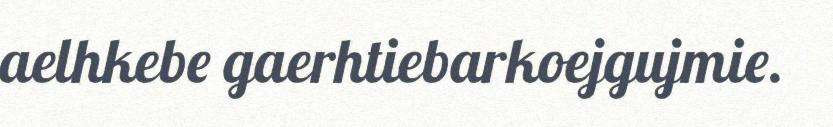
aelhkebe gaerhtiebarkoejgujmie.